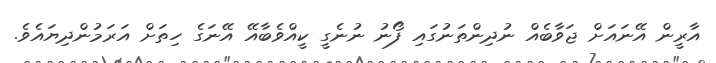
އާރީން އޭނައަށް ޖަވާބެއް ނުދިންތަނުގައި ފޯނު ނުނެގީ ކީއްވެބާއޭ އޭނަގެ ހިތަށް އަރަމުންދިޔައެވެ.